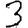
Digit: 3